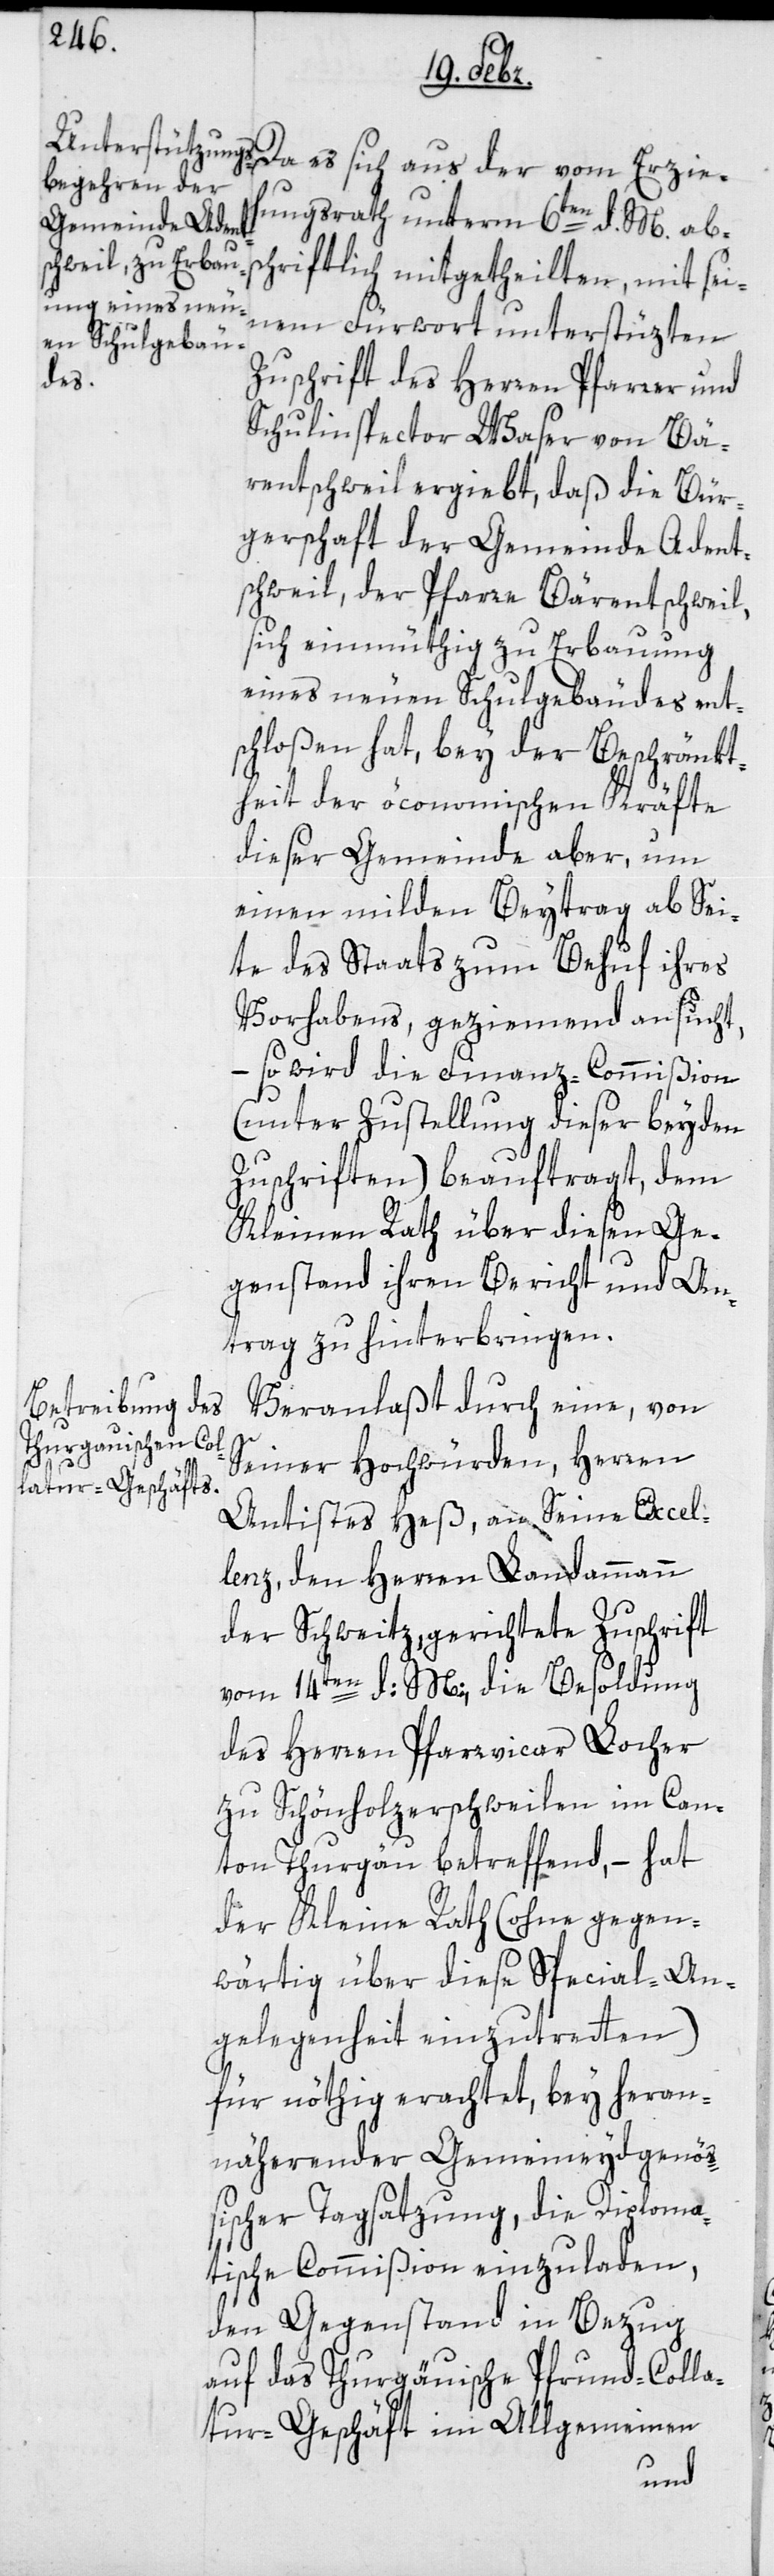
Da es sich aus der vom Erzie¬
hungsrath unterm 6ten d. M. abs¬
chriftlich mitgetheilten, mit sei¬
nem Fürwort unterstüzten
Zuschrift des Herren Pfarrer und
Schulinspector Waser von Bä¬
rentschweil ergibt, daß die Bür¬
gerschaft der Gemeinde Adent¬
schweil, der Pfarre Bärentschwil,
sich einmüthig zu Erbauung
eines neuen Schulgebäudes ent¬
schloßen hat, bey der Beschränkt¬
heit der öconomischen Kräfte
dieser Gemeinde aber, um
einen milden Beitrag ab Sei¬
te des Staats zum Behuf ihres
Vorhabens, geziemend ansucht,
– so wird die Finanz-Commißion
(unter Zustellung dieser beyden
Zuschriften) beauftragt, dem
Kleinen Rath über diesen Ge¬
genstand ihren Bericht und An¬
trag zu hinterbringen.
Veranlaßt durch eine, von
Seiner Hochwürden, Herren
Antistes Heß an Seine Excel¬
lenz, den Herren Landammann
der Schweitz, gerichtete Zuschrift
vom 14ten d: M:, die Besoldung
des Herren Pfarrvicar Locher
zu Schönholzersweilen im Can¬
ton Thurgau betreffend, – hat
der Kleine Rath (ohne gegen¬
wärtig über diese Special-An¬
gelegenheit einzutreten)
für nöthig erachtet, bey heran¬
näherender Gemeineydgenö¬
ßischer Tagsatzung, die Diploma¬
tische Commißion einzuladen,
den Gegenstand in Bezug
auf das Thurgauische Pfrund-Colla¬
tur-Geschäft im Allgemeinen